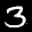
Digit: 3